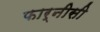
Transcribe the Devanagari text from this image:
फार्नीसी